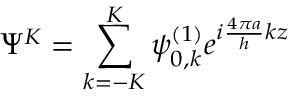
\displaystyle \Psi ^ { K } = \sum _ { k = - K } ^ { K } \psi _ { 0 , k } ^ { ( 1 ) } e ^ { i \frac { 4 \pi a } { h } k z }